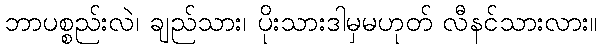
ဘာပစ္စည်းလဲ၊ ချည်သား၊ ပိုးသားဒါမှမဟုတ် လီနင်သားလား။